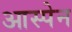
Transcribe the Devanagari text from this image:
आस्पेन